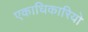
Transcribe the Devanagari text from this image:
एकाधिकारियो